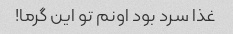
غذا سرد بود اونم تو این گرما!